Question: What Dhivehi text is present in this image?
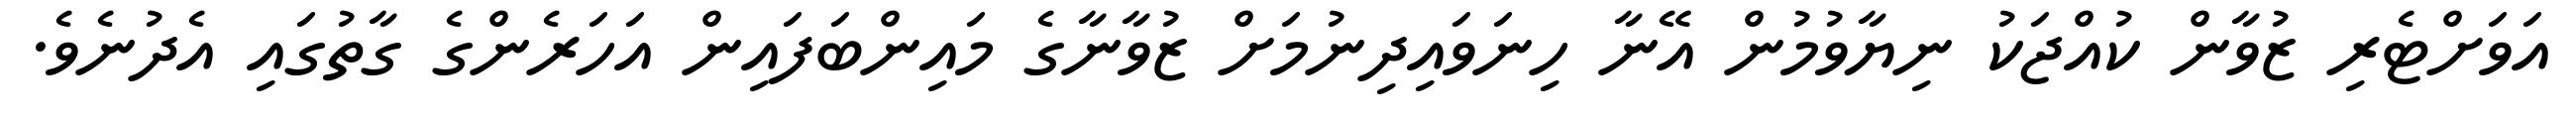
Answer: އަވަށްޓެރި ޒުވާން ކުއްޖަކު ނިޔާވުމުން އޭނާ ހިނަވައިދިނުމަށް ޒުވާނާގެ މައިންބަފައިން އަހަރެންގެ ގާތުގައި އެދުނެވެ.